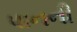
પાનની